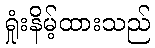
ရှုံးနိမ့်ထားသည်